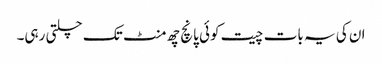
ان کی یہ بات چیت کوئی پانچ چھ منٹ تک چلتی رہی۔